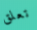
تعلق